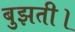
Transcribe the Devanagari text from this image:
बुझती।